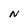
Character: N